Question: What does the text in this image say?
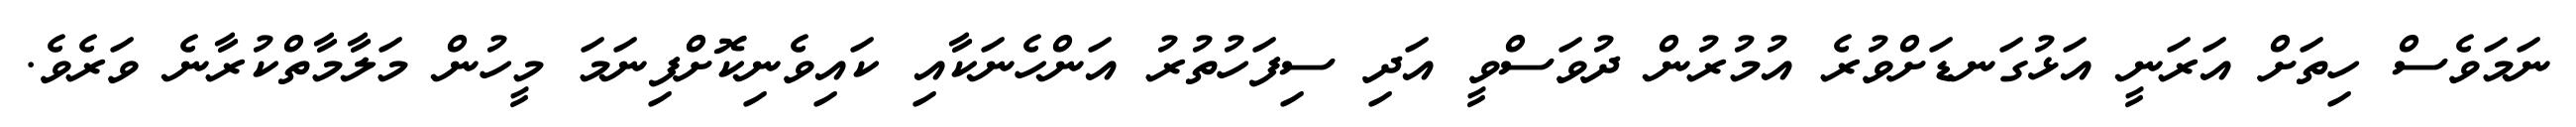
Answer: ނަމަވެސް ހިތަށް އަރަނީ އަޅުގަނޑަށްވުރެ އުމުރުން ދުވަސްވީ އަދި ސިފަހުތުރު އަންހެނަކާއި ކައިވެނިކޮށްފިނަމަ މީހުން މަލާމާތްކުރާނެ ވަރެވެ.